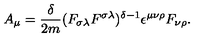
A _ { \mu } = \frac { \delta } { 2 m } ( F _ { \sigma \lambda } F ^ { \sigma \lambda } ) ^ { \delta - 1 } \epsilon ^ { \mu \nu \rho } F _ { \nu \rho } .